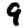
Digit: 9